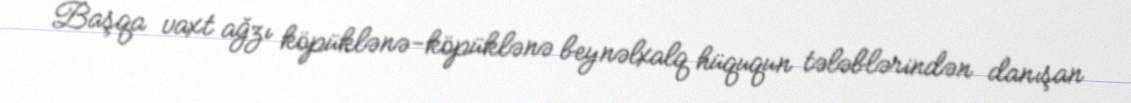
Başqa vaxt ağzı köpüklənə-köpüklənə beynəlxalq hüququn tələblərindən danışan